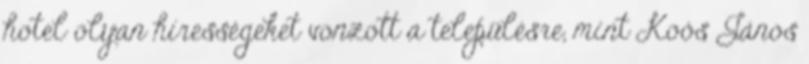
hotel olyan hírességeket vonzott a településre, mint Koós János